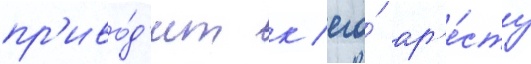
пр'иво́д'ит к его́ ар'е́сту